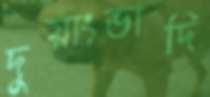
দুয়াংভাদি